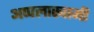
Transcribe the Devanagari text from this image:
अप्पलास्वामी